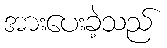
အားပေးခဲ့သည်